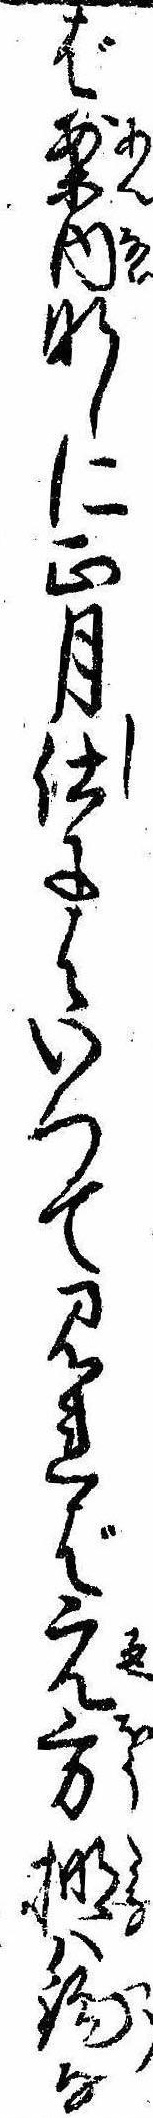
ば案内なしに正月仕にはいつて見ればえ方棚は鈎な